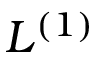
L ^ { ( 1 ) }